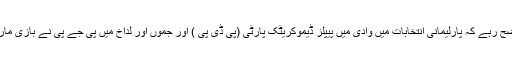
واضح رہے کہ پارلیمانی انتخابات میں وادی میں پیپلز ڈیموکریٹک پارٹی (پی ڈی پی ) اور جموں اور لداخ میں پی جے پی نے بازی ماری۔